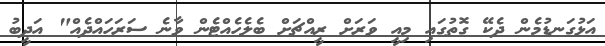
އަޅުގަނޑުމެން ދެކޭ ގޮތުގައި މިއީ ވަރަށް ރީއްޗަށް ބެލެހެއްޓެން ވާނެ ސަރަހައްދެއް" އަދީބު